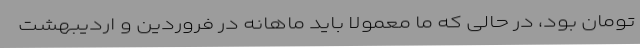
تومان بود، در حالی که ما معمولا باید ماهانه در فروردین و اردیبهشت